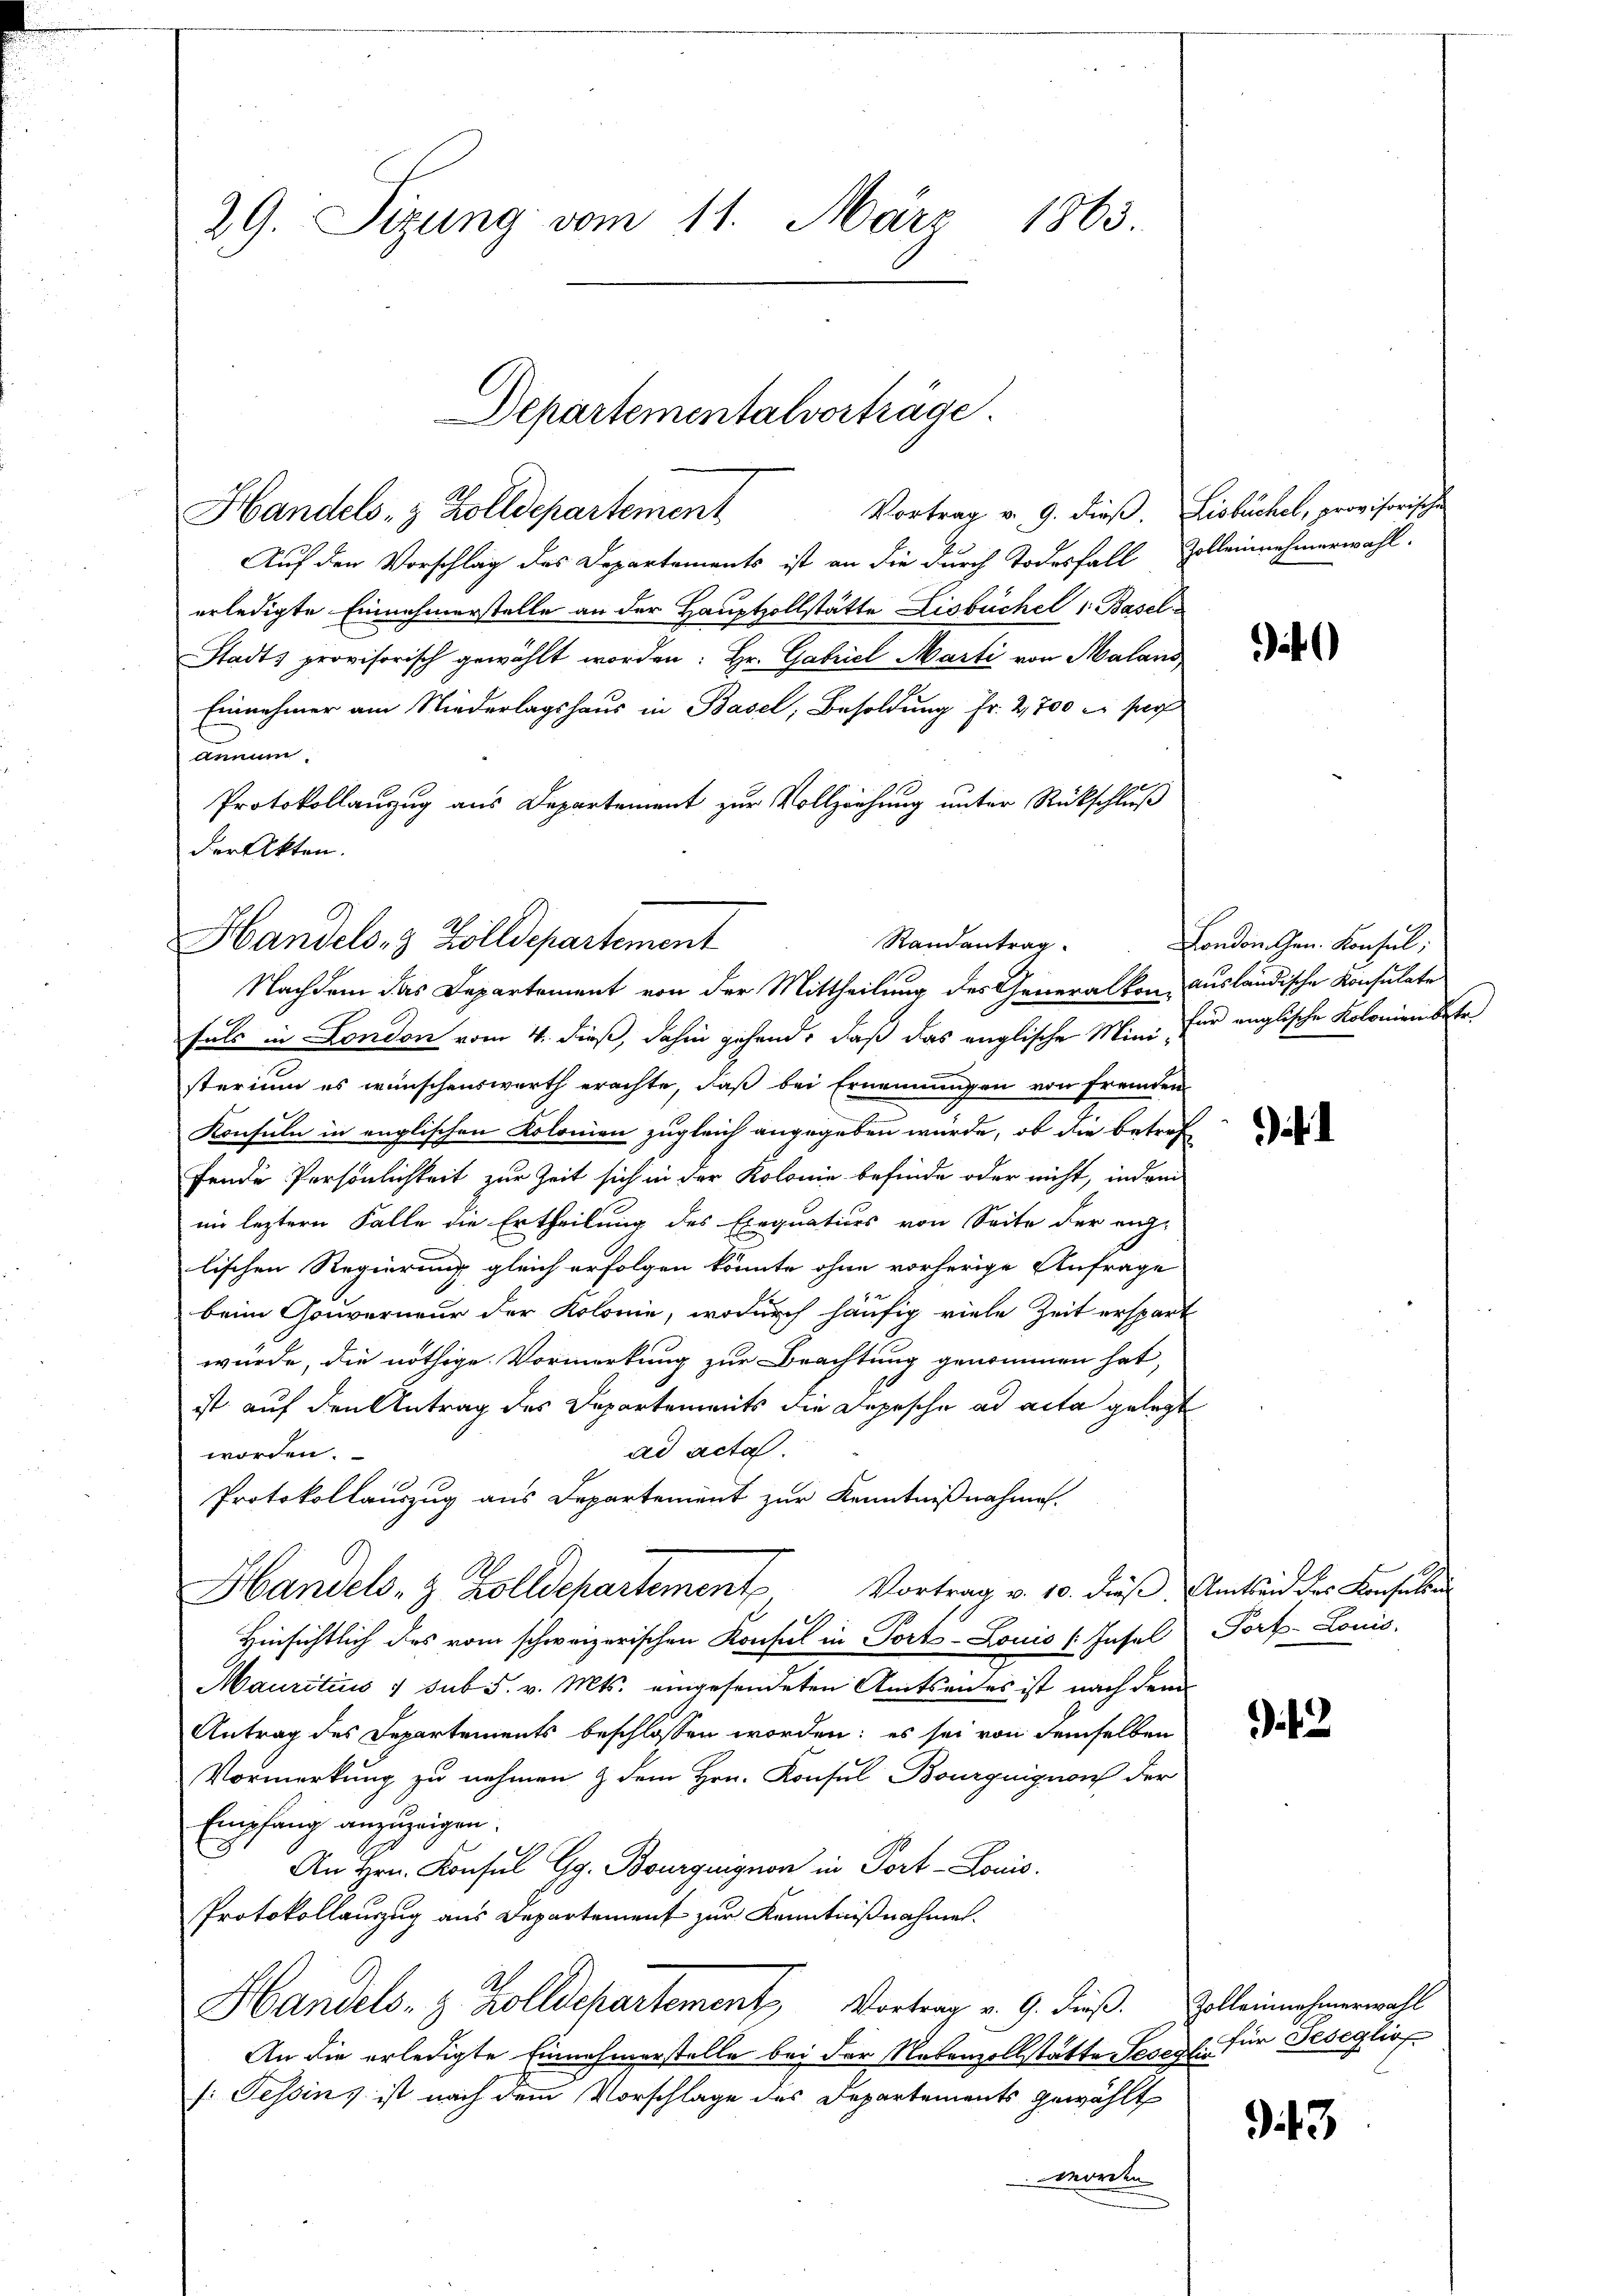
29. Sizung vom 11. März 1863.

Vortrag v. 9. dieß. Lisbuchel, provisorische
Handels- & Zolldepartement
Auf den Vorschlag des Departements ist an die durch Todesfall Zolleinnehmerwahl.
erledigte Einnahmerstelle an der Hauptzollstätte Lisbüchel 1 Basel
Stadts provisorisch gewählt worden: Hr. Gabriel Marti von Malans
Einnehmer am Niederlagshaus in Basel, Besoldung fr. 2,700 c. darf
demun
Protokollanzug aus Departement zur Vollziehung unter Rückschluß
der Akten.

Handels- & Zolldepartement
Randantrag
Nachdem das Departement von der Mittheilung des Generalkon-ausländische Konsulate

Departementalvorträge

Fuls in London vom 4. dieß, dahin gehend, daß das englische Mini für englische Kolonien betr
sterium es wünschenswerth erachte, daß bei Ernennungen von fremden
Konsuln in englischen Kolonien zugleich angegeben würde, ob die betref
fende Persönlichkeit zur Zeit sich in der Kolonie befinde oder nicht, indem
im leztern Falle die Ertheilung des Exequatiors von Seite der eng-
lischen Regierung gleich erfolgen könnte ohne vorherige Anfrage
beim Gouverneur der Kolonie, wodurch häufig viele Zeit erspart
würde, die nöthige Vormerkung zur Beachtung genommen hat,
ist auf den Antrag des Departements die Depesche ad acta gelegt
ad acta.
worden.
Protokollauszug aus Departement zur Kenntnißnahme.
Handels- & Zolldepartement Vortrag v. 10. dies Amtseid des Konsulen
Hinsichtlich des vom schweizerischen Konsul in Port-Louis (Insel Port-Louis
Mauritius 1 sub 5. v. Mts. eingesendeten Amtseides ist nach dem
Antrag des Departements beschlossen worden; es sei von demselben
Vormerkung zu nehmen & dem Hrn. Konsul Bourguignon der
Empfang anzuzeigen.
An Hrn. Konsul Gg. Bourguignon in Port-Louis.
Protokollauzug aus Departement zur Kenntnißnahme.
Ah.
Handels- & Zolldepartement Vortrag v. 9. dieß. Solleinnehmerwahl
An die erledigte Einnahmerstelle bei der Nebenzollstatte Sesegl. für Teseglio
f: Tessins ist nach dem Vorschlage des Departements gewählt
worden

a

London Chen. Konsul

3. 12

313